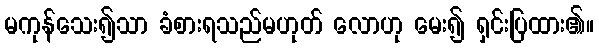
မကုန်သေး၍သာ ခံစားရသည်မဟုတ် လောဟု မေး၍ ရှင်းပြထား၏။